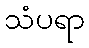
သံပရာ